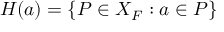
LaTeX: H ( a ) = \{ P \in X _ { F } : a \in P \}